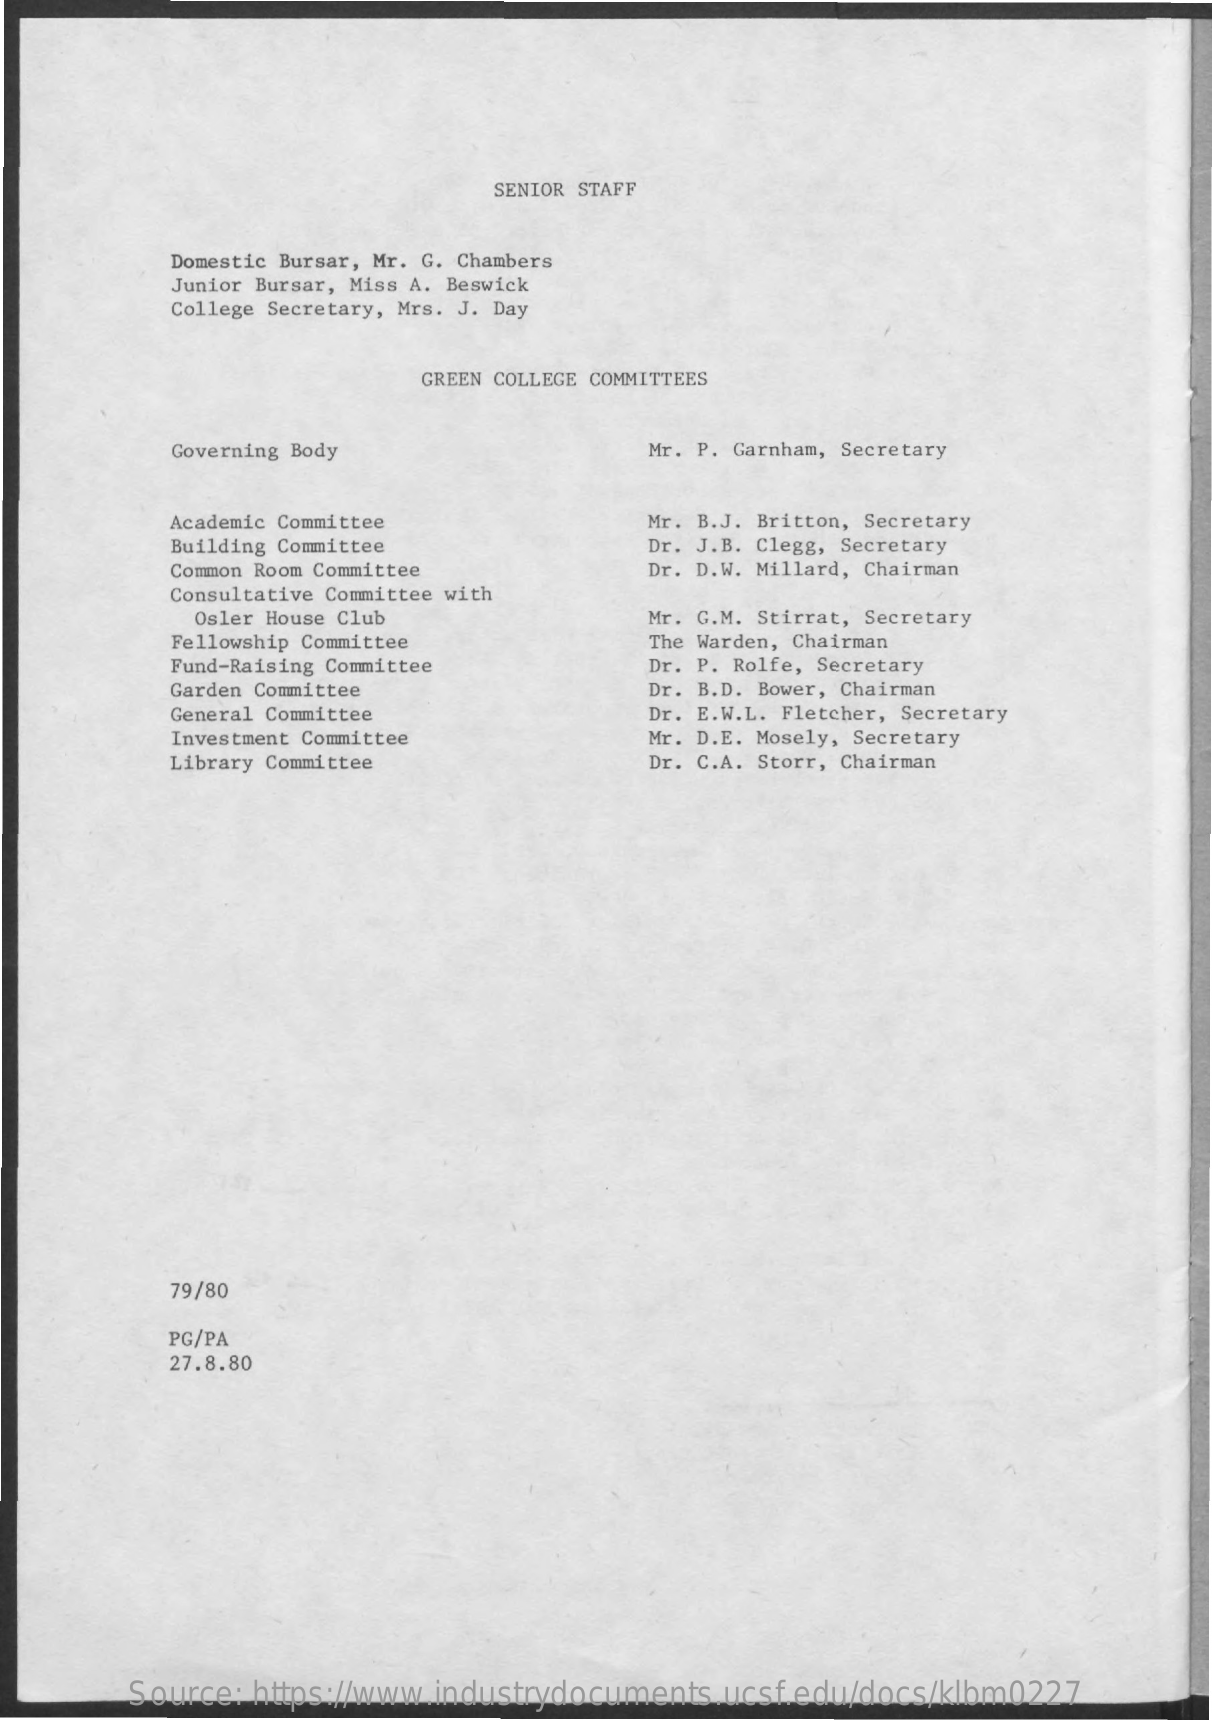
SENIOR STAFF
     Domestic Bursar, Mr. G. Chambers
     Junior Bursar, Miss A. Beswick
     College Secretary, Mrs. J. Day
     GREEN COLLEGE COMMITTEES
     Governing Body    Mr. P. Garnham, Secretary
     Academic Committee    Mr. B.J. Britton, Secretary
     Building Committee    Dr. J.B. Clegg, Secretary
     Common Room Committee    Dr. D.W. Millard, Chairman
     Consultative Committee with
     Osler House Club    Mr. G.M. Stirrat, Secretary
     Fellowship Committee    The Warden, Chairman
     Fund-Raising Committee    Dr. P. Rolfe, Secretary
     Garden Committee    Dr. B.D. Bower, Chairman
     General Committee    Dr. E.W.L. Fletcher, Secretary
     Investment Committee    Mr. D.E. Mosely, Secretary
     Library Committee    Dr. C.A. Storr, Chairman
     79/80
     PG/PA
     27.8.80
     Source: https://www.industrydocuments.ucsf.edu/docs/klbm0227